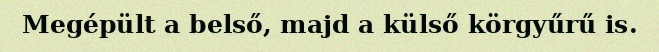
Megépült a belső, majd a külső körgyűrű is.